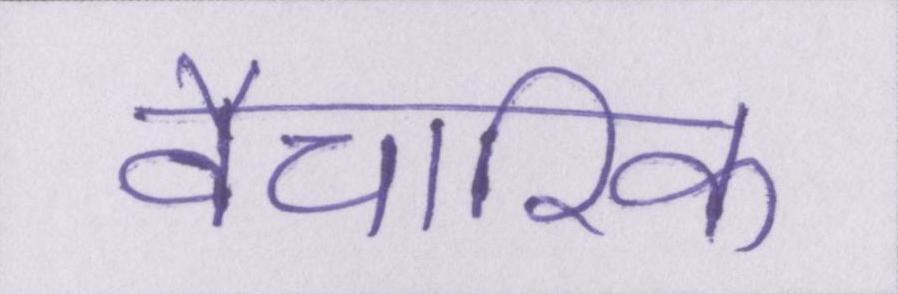
वैचारिक